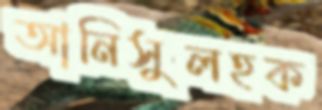
আনিসুলহক